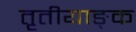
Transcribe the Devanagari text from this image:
तृतीयाङ्क